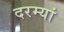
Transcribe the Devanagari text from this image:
दरम्‍यां